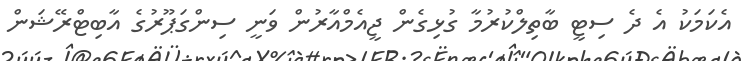
އެކަމަކު އެ ދެ ސިޓީ ބާތިލްކުރުމާ ގުޅިގެން ޖީއެމްއާރުން ވަނީ ސިންގަޕޫރުގެ އާބިޓްރޭޝަން